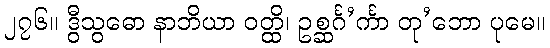
၂၇၆။ ဒွီသွဓော နာဘိယာ ဝတ္ထိ၊ ဥစ္ဆင်္ဂ’င်္ကာ တု’ဘော ပုမေ။